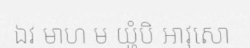
ឯវ មាហ ម យ្ហំបិ អាវុសោ